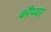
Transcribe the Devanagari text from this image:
बरैय्या